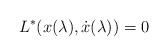
LaTeX: \begin{align*}L^*(x(\lambda),{\dot x}(\lambda))=0\end{align*}